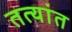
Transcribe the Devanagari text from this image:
तत्यांत